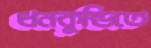
ধনকুন্ডিতে